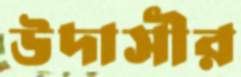
উদাসীর